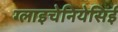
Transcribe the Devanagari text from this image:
ग्लाइचेनियेसिई